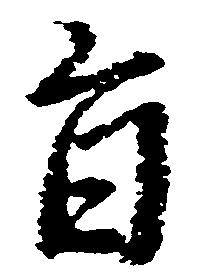
旨